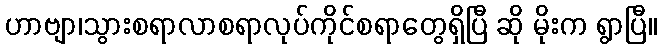
ဟာဗျာ၊သွားစရာလာစရာလုပ်ကိုင်စရာတွေရှိပြီ ဆို မိုးက ရွာပြီ။